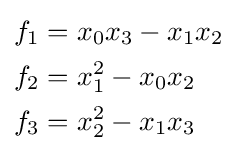
{\begin{aligned}f_{1}&=x_{0}x_{3}-x_{1}x_{2}\\f_{2}&=x_{1}^{2}-x_{0}x_{2}\\f_{3}&=x_{2}^{2}-x_{1}x_{3}\end{aligned}}